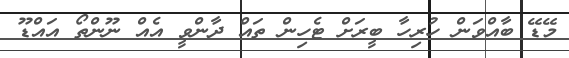
މޭޑޭ ބާއްވަން ހުރިހާ ބީރަށް ޓެހިން ތައް ދާންވީ އެއް ނޫންތޯ އައްޑޫ